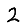
Digit: 2